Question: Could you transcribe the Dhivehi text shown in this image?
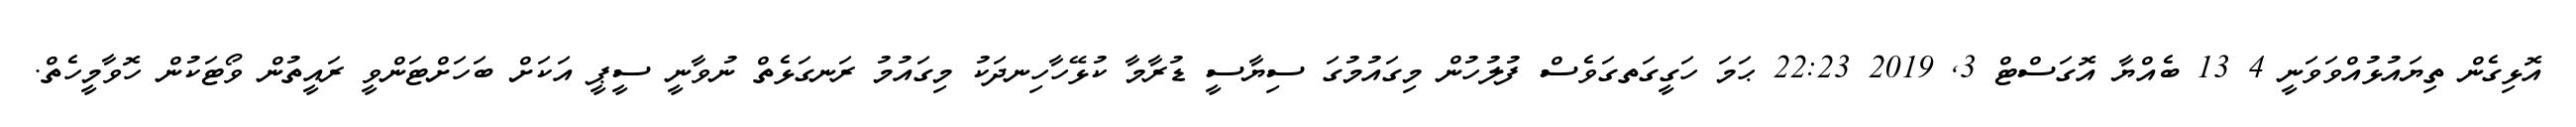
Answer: އޮޅިގެން ތިޔައުޅުއްވަވަނީ 4 13 ބެއްޔާ އޮގަސްޓް 3, 2019 22:23 ޙަމަ ހަގީގަތގަވެސް ފުލުހުން މިގައުމުގަ ސިޔާސީ ޑުރާމާ ކުޅޭހާހިނދަކު މިގައުމު ރަނގަޅެތް ނުވާނީ ސީޕީ އަކަށް ބަހަށްޓަންވީ ރައީތުން ވޯޓަކުން ހޮވާމީހެތް.